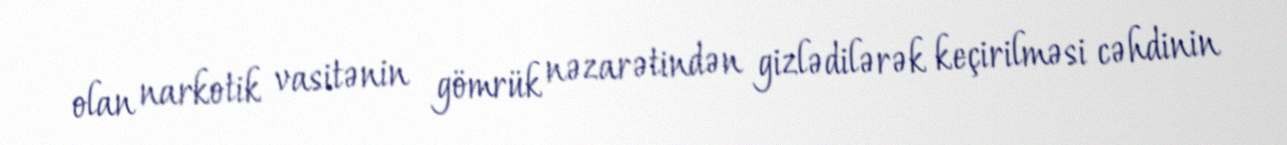
olan narkotik vasitənin gömrük nəzarətindən gizlədilərək keçirilməsi cəhdinin